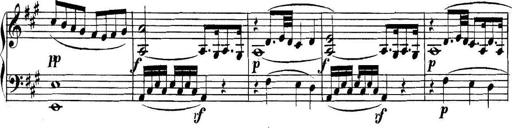
Title: Collected Piano Sonatas
Composer: Muzio Clementi